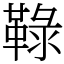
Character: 䩮